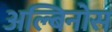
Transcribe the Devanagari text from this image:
अल्बिनोस